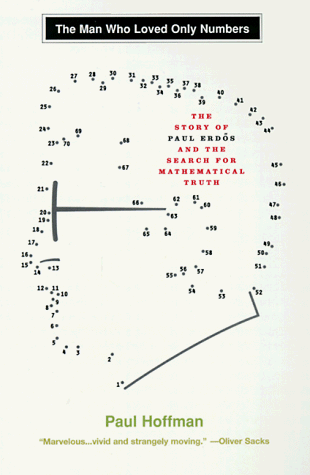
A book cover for The Man Who Loved Only Numbers: The Story of Paul Erdos and the Search for Mathematical Truth; Paul Hoffman; Science & Math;